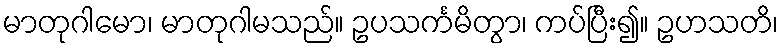
မာတုဂါမော၊ မာတုဂါမသည်။ ဥပသင်္ကမိတွာ၊ ကပ်ပြီး၍။ ဥဟသတိ၊